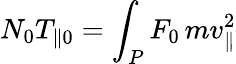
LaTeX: N_{0}T_{\| 0}=\int_{P}F_{0}\, mv_{\| }^{2}